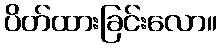
ပိတ်ထားခြင်းလော။